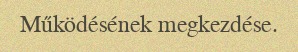
Működésének megkezdése.